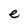
Character: e